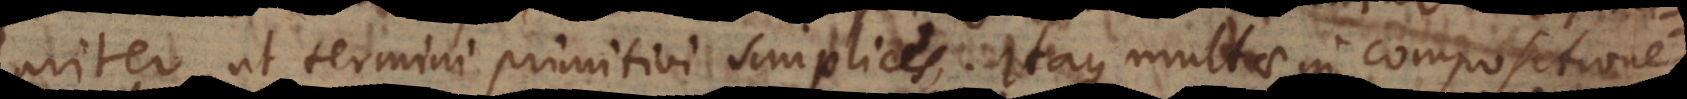
lariter, ut termini primitivi simplices. Itaque multae in compositione